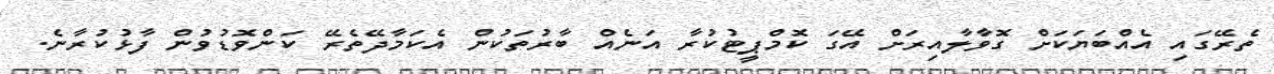
ތެރޭގައި އެއްބަޔަކަށް ގޮވާލާއިރަށް އޭގަ ކޮމްޕީޓުކުރާ އަނެއް ބާރުތަކުން އެކަމާދޭތެރޭ ކަންވޮޑުވުން ފާޅުކުރާނެ.